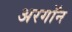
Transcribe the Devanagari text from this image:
अरगॉन